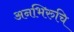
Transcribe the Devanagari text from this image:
अनभिरुचि